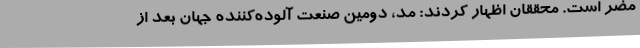
مضر است. محققان اظهار کردند: مد، دومین صنعت آلوده‌کننده جهان بعد از